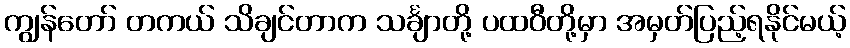
ကျွန်တော် တကယ် သိချင်တာက သင်္ချာတို့ ပထဝီတို့မှာ အမှတ်ပြည့်ရနိုင်မယ့်